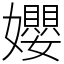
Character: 孆